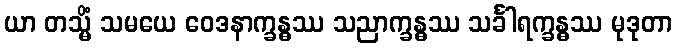
ယာ တသ္မိံ သမယေ ဝေဒနာက္ခန္ဓဿ သညာက္ခန္ဓဿ သင်္ခါရက္ခန္ဓဿ မုဒုတာ